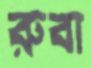
রুবা